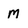
Character: M